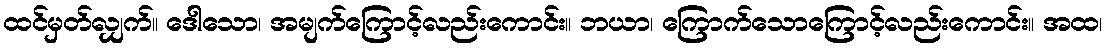
ထင်မှတ်လျှက်။ ဒေါသော၊ အမျက်ကြောင့်လည်းကောင်း။ ဘယာ၊ ကြောက်သောကြောင့်လည်းကောင်း။ အထ၊